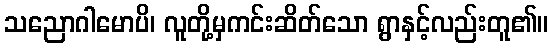
သညောဂါမောပိ၊ လူတို့မှကင်းဆိတ်သော ရွာနှင့်လည်းတူ၏။